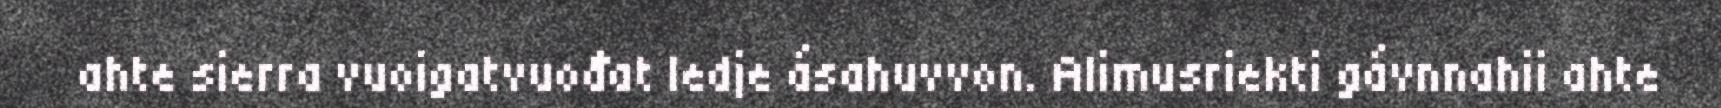
ahte sierra vuoigatvuođat ledje ásahuvvon. Alimusriekti gávnnahii ahte